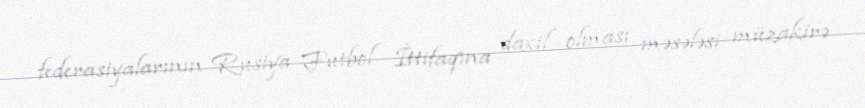
federasiyalarının Rusiya Futbol İttifaqına daxil olması məsələsi müzakirə